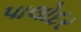
પાલોદર